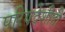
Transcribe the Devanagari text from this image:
परिषदेशीही